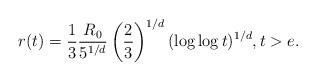
LaTeX: \begin{align*} r(t)=\frac{1}{3}\frac{R_0}{5^{1/d}}\left(\frac{2}{3}\right)^{1/d}(\log \log t)^{1/d} , t>e . \end{align*}